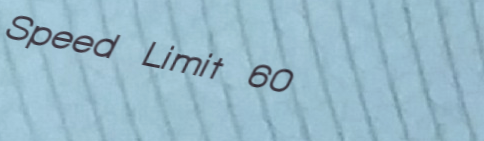
Speed Limit 60